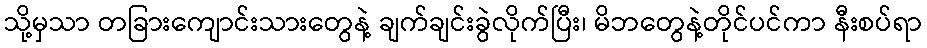
သို့မှသာ တခြားကျောင်းသားတွေနဲ့ ချက်ချင်းခွဲလိုက်ပြီး၊ မိဘတွေနဲ့တိုင်ပင်ကာ နီးစပ်ရာ